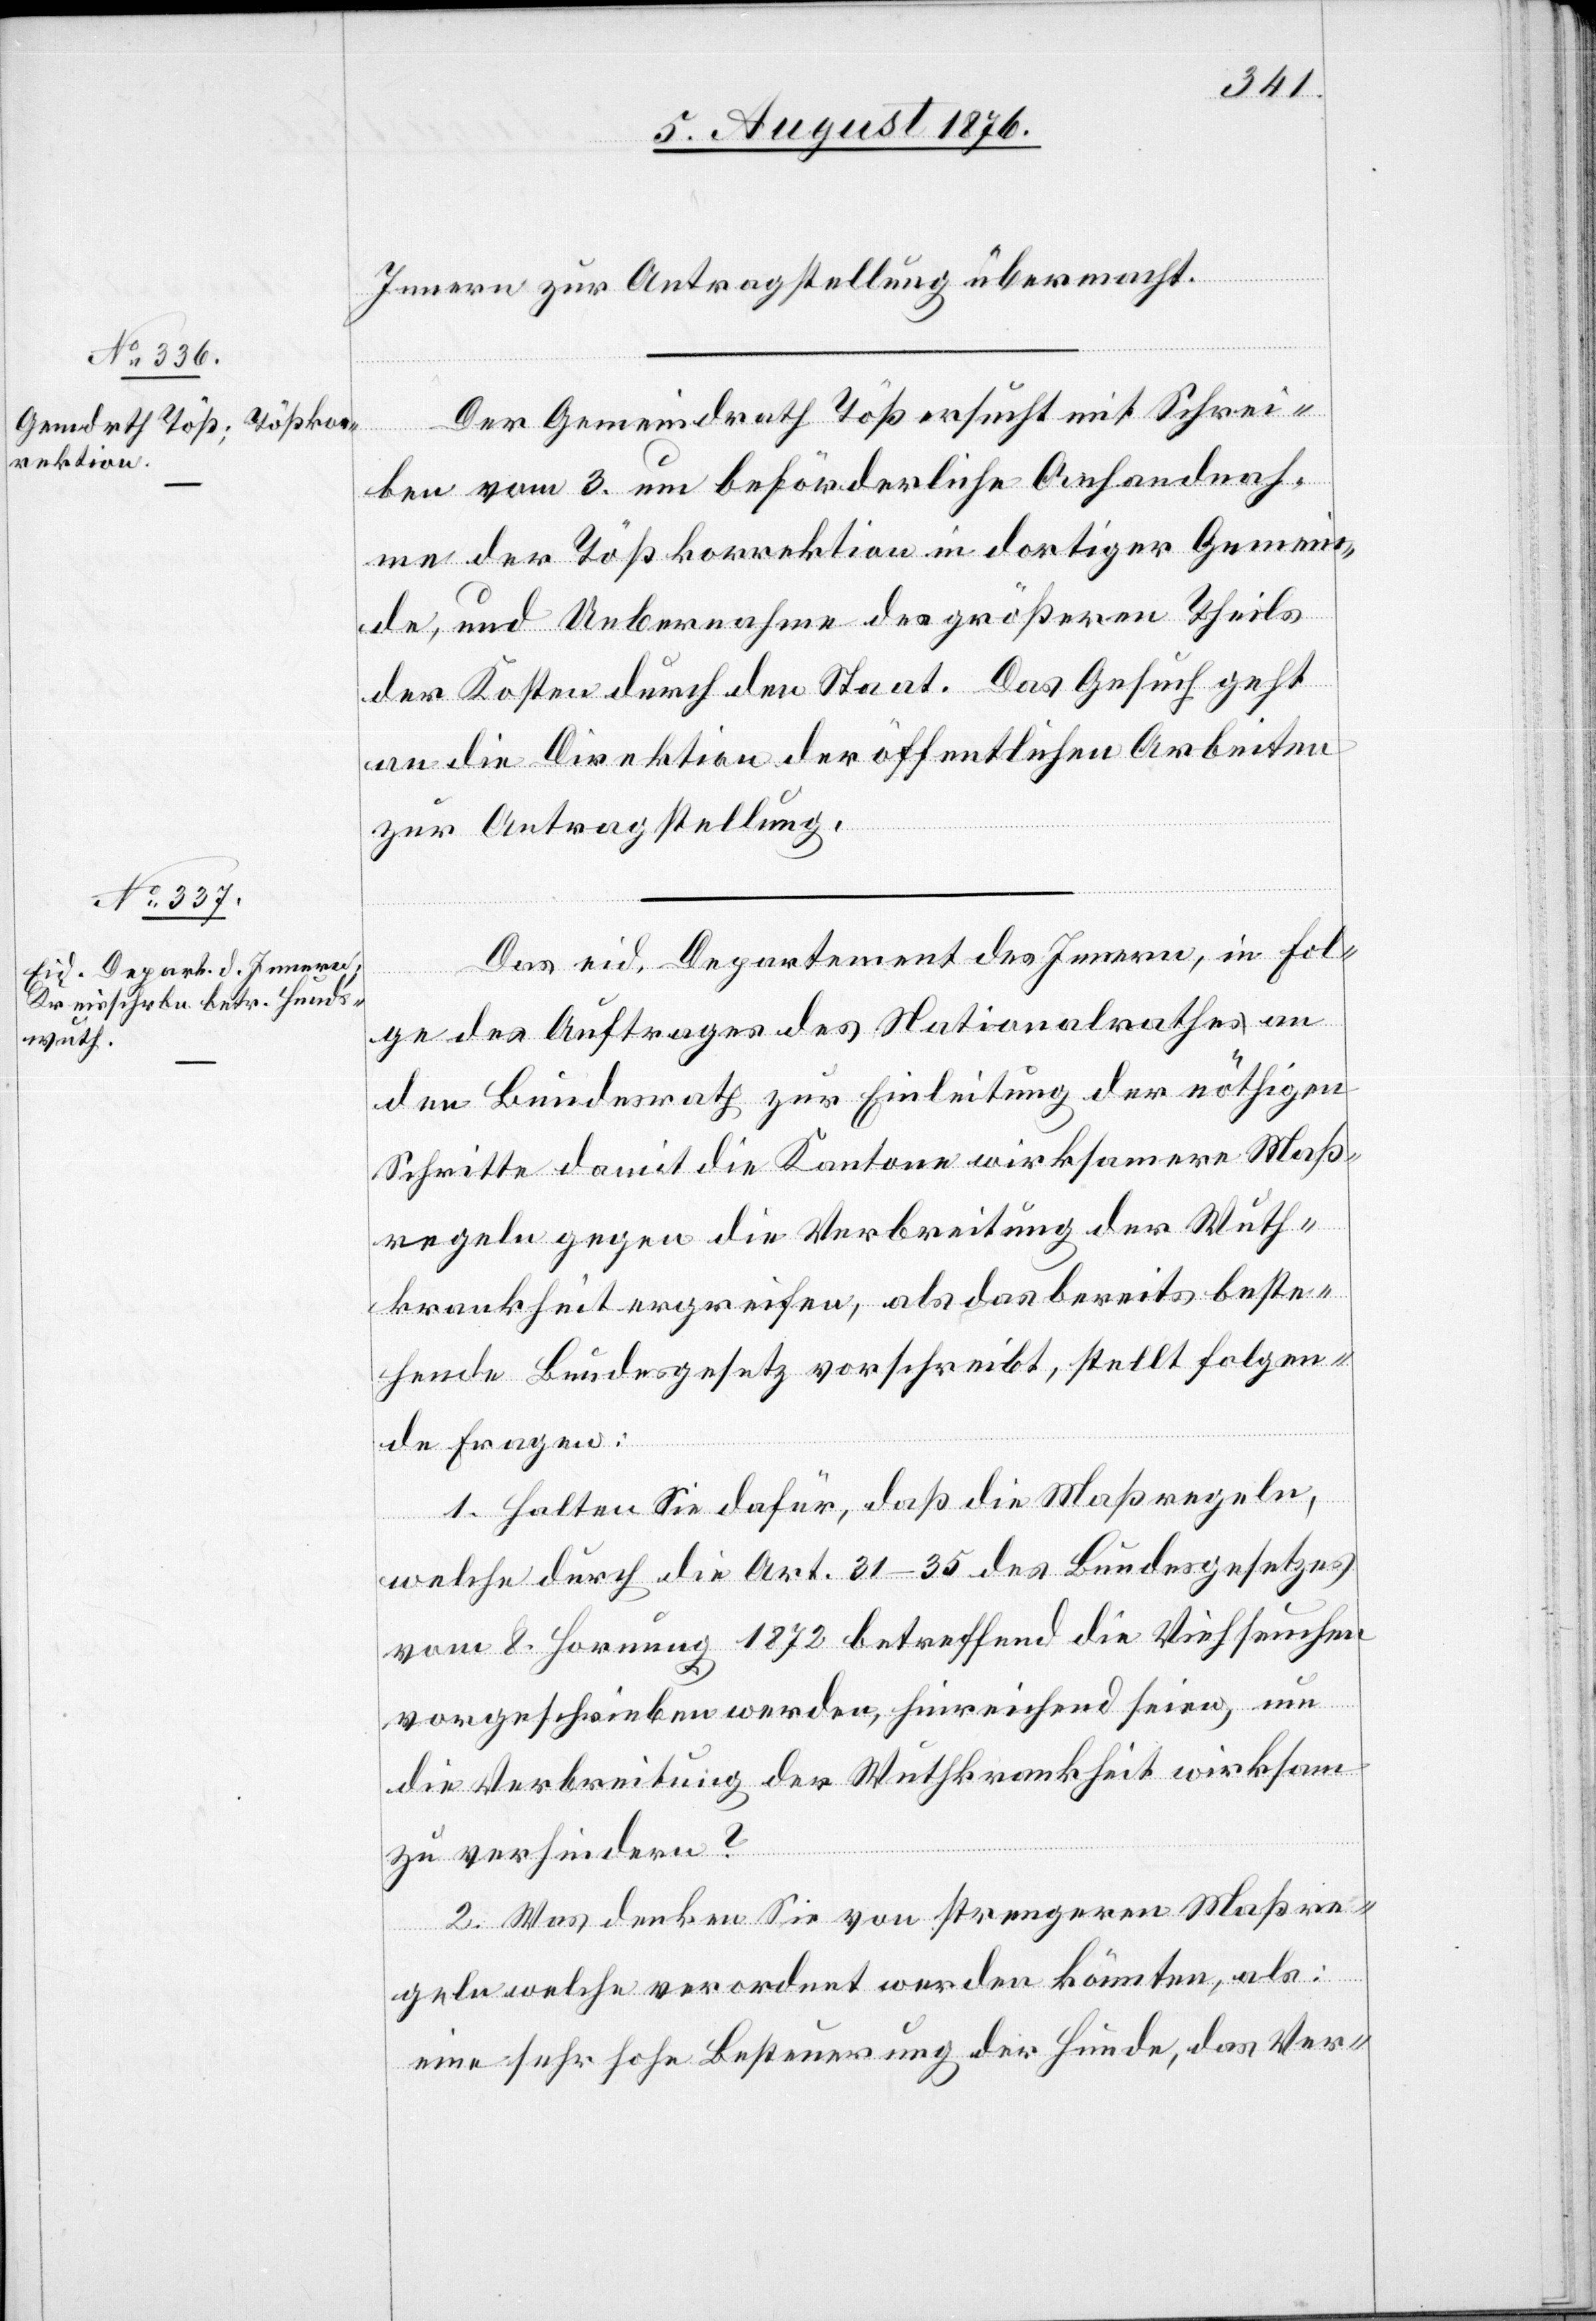
7. August 1876.]
Innern zur Antragstellung übermacht.
Der Gemeindrath Töß ersucht mit Schrei¬
ben vom 3. um beförderliche Anhandnah¬
me der Tößkorrektion in dortiger Gemein¬
de, und Uebernahme des größern Theils
der Kosten durch den Staat. Das Gesuch geht
an die Direktion der öffentlichen Arbeiten
zur Antragstellung.
Das eid. Departement des Innern, in Fol¬
ge des Auftrages des Nationalrathes an
den Bundesrath zur Einleitung der nöthigen
Schritte damit die Kantone wirksamere Maß¬
regeln gegen die Verbreitung der Wuth¬
krankheiten ergreifen, als das bereits beste¬
hende Bundesgesetz vorschreibt, stellt folgen¬
de Fragen:
1. Halten Sie dafür, daß die Maßregeln,
welche durch die Art. 31–35 des Bundesgesetzes
vom 8. Hornung 1872 betreffend die Viehseuchen
vorgeschrieben werden, hinreichend seien, um
die Verbreitung der Wuthkrankheit wirksam
zu verhindern?
2. Was denken Sie von strengeren Maßre¬
geln, welche verordnet werden könnten, als:
eine sehr hohe Besteuerung der Hunde, das Ver-